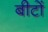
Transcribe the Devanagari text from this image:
बीटों